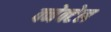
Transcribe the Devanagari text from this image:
क्नेक्टेल